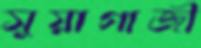
সুয়াগাজী